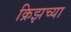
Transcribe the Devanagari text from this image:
क्रिझच्या